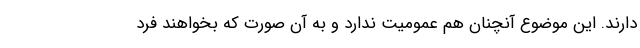
دارند. این موضوع آنچنان هم عمومیت ندارد و به آن صورت که بخواهند فرد